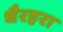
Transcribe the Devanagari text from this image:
धैरहरा